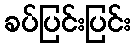
ခပ်ပြင်းပြင်း